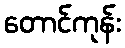
တောင်ကုန်း